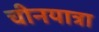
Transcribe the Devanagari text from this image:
चीनयात्रा